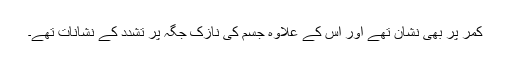
کمر پر بھی نشان تھے اور اس کے علاوہ جسم کی نازک جگہ پر تشدد کے نشانات تھے۔